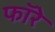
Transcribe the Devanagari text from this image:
फॉरे